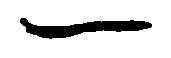
一